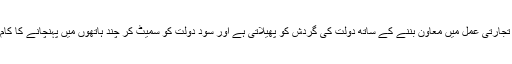
مضاربت تجارتی عمل میں معاون بننے کے ساتھ دولت کی گردش کو پھیلاتی ہے اور سود دولت کو سمیٹ کر چند ہاتھوں میں پہنچانے کا کام کرتا ہے۔